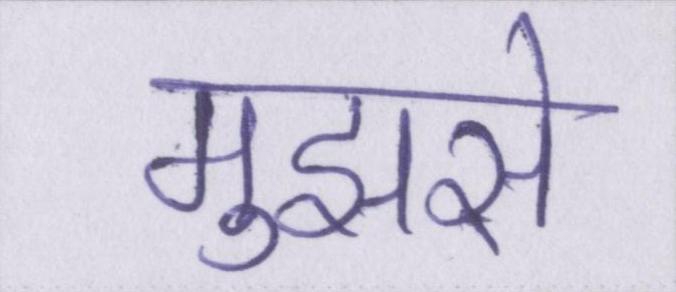
मुझसे